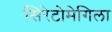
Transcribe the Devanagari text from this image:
सिरेटोमेगिला